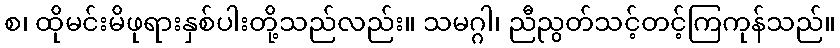
စ၊ ထိုမင်းမိဖုရားနှစ်ပါးတို့သည်လည်း။ သမဂ္ဂါ၊ ညီညွတ်သင့်တင့်ကြကုန်သည်။